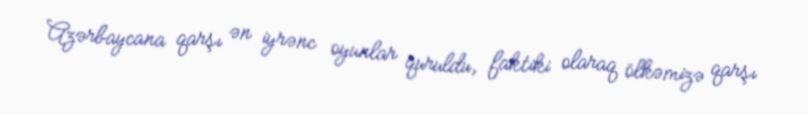
Azərbaycana qarşı ən iyrənc oyunlar quruldu, faktiki olaraq ölkəmizə qarşı